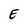
Character: E